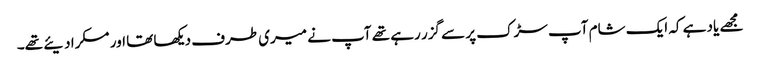
مجھے یاد ہے کہ ایک شام آپ سڑک پر سے گزر رہے تھے آپ نے میری طرف دیکھا تھا اور مسکرا دیئے تھے۔